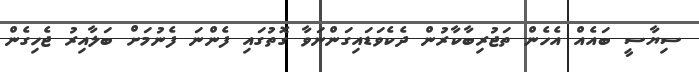
ސިޔާސީ ބައެއް އެހެން ތަޖުރިބާކާރުން ދެކެވަޑައިގަންނަވާ ގޮތުގައި ފެންނަ ފެނުމަށް ބަލާއިރު ޖެހިގެން